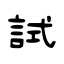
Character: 試